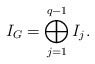
\begin{align*}I_G = \bigoplus_{j=1}^{q-1} I_j.\end{align*}